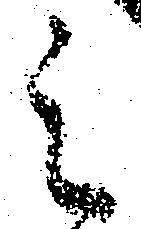
之